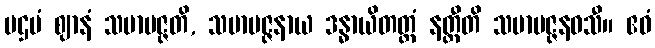
ပဌမံ ဈာနံ သမာပဇ္ဇတိ, သမာပဇ္ဇနာယ ဒန္ဓာယိတတ္တံ နတ္ထီတိ သမာပဇ္ဇနဝသီ။ ဧဝံ